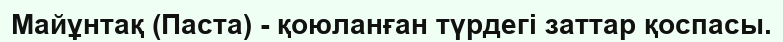
Майұнтақ (Паста) - қоюланған түрдегі заттар қоспасы.